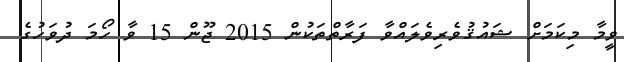
ވީމާ މިކަމަށް ޝައުޤުވެރިވެލައްވާ ފަރާތްތަކުން 2015 ޖޫން 15 ވާ ހޯމަ ދުވަހުގެ